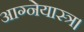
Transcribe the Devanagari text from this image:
आग्नेयास्त्र।